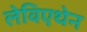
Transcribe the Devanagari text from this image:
लेविएथेन